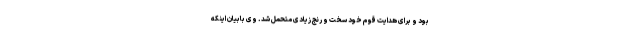
بود و برای هدایت قوم خود سخت و رنج زیادی متحمل شد. وی بابیان اینکه